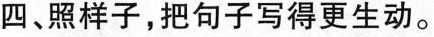
四、照样子，把句子写得更生动。